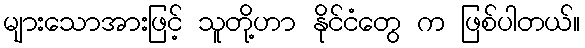
များသောအားဖြင့် သူတို့ဟာ နိုင်ငံတွေ က ဖြစ်ပါတယ်။